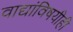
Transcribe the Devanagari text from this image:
वाद्यांविषयीही